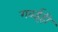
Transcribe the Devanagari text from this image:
गवईही